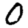
Digit: 0